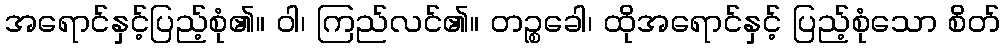
အရောင်နှင့်ပြည့်စုံ၏။ ဝါ၊ ကြည်လင်၏။ တဉ္စခေါ၊ ထိုအရောင်နှင့် ပြည့်စုံသော စိတ်